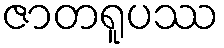
ဇာတရူပဿ